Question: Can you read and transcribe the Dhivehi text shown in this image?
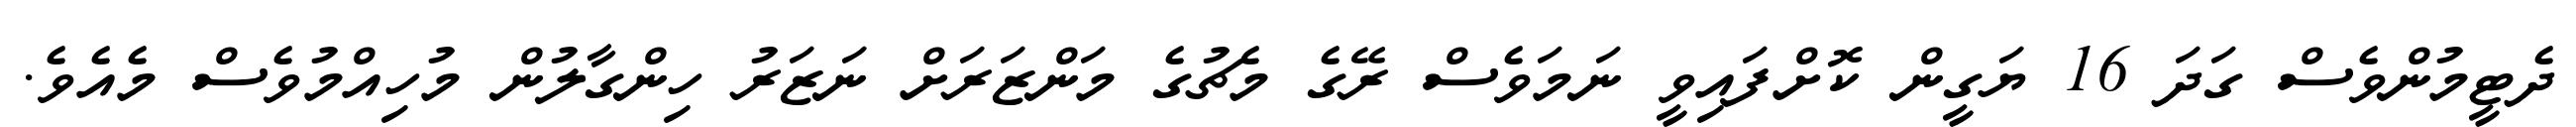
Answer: ދެޓީމުންވެސް ގަދަ 16 ޔަގީން ކޮށްފައިވީ ނަމަވެސް ރޭގެ މެޗުގެ މަންޒަރަށް ނަޒަރު ހިންގާލުން މުހިއްމުވެސް މެއެވެ.